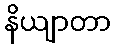
နိယျာတာ